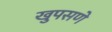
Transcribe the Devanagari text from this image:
खुपसणे